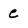
Character: e